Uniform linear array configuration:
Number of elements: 64
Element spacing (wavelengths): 0.5
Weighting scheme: hamming
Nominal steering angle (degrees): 0
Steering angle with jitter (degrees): -1.266
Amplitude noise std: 0.05
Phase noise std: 0.05

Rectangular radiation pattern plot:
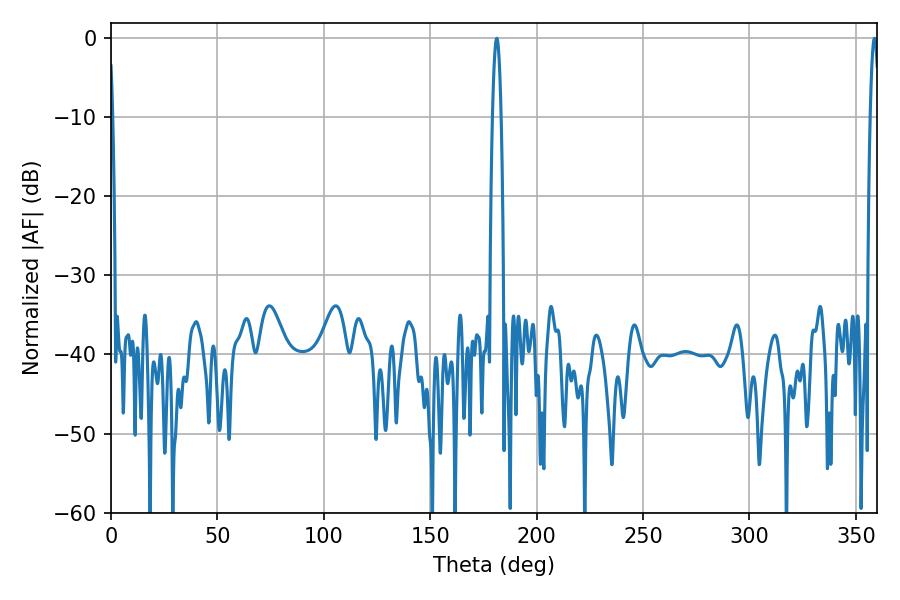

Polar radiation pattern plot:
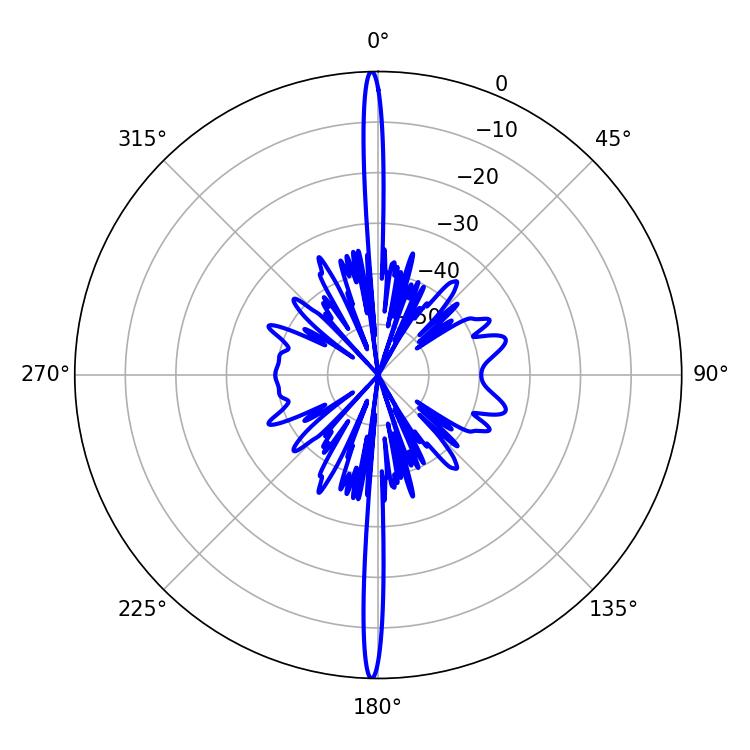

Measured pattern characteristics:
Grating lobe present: FALSE
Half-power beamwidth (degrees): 2.16
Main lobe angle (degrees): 358.74